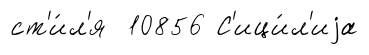
ст'и́л'я 10856 С'ици́л'иjа